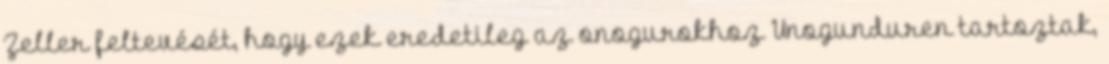
Zeller feltevését, hogy ezek eredetileg az onogurokhoz Unogunduren tartoztak,